Vabadussoja_Ajaloo_Komitee, lk 17
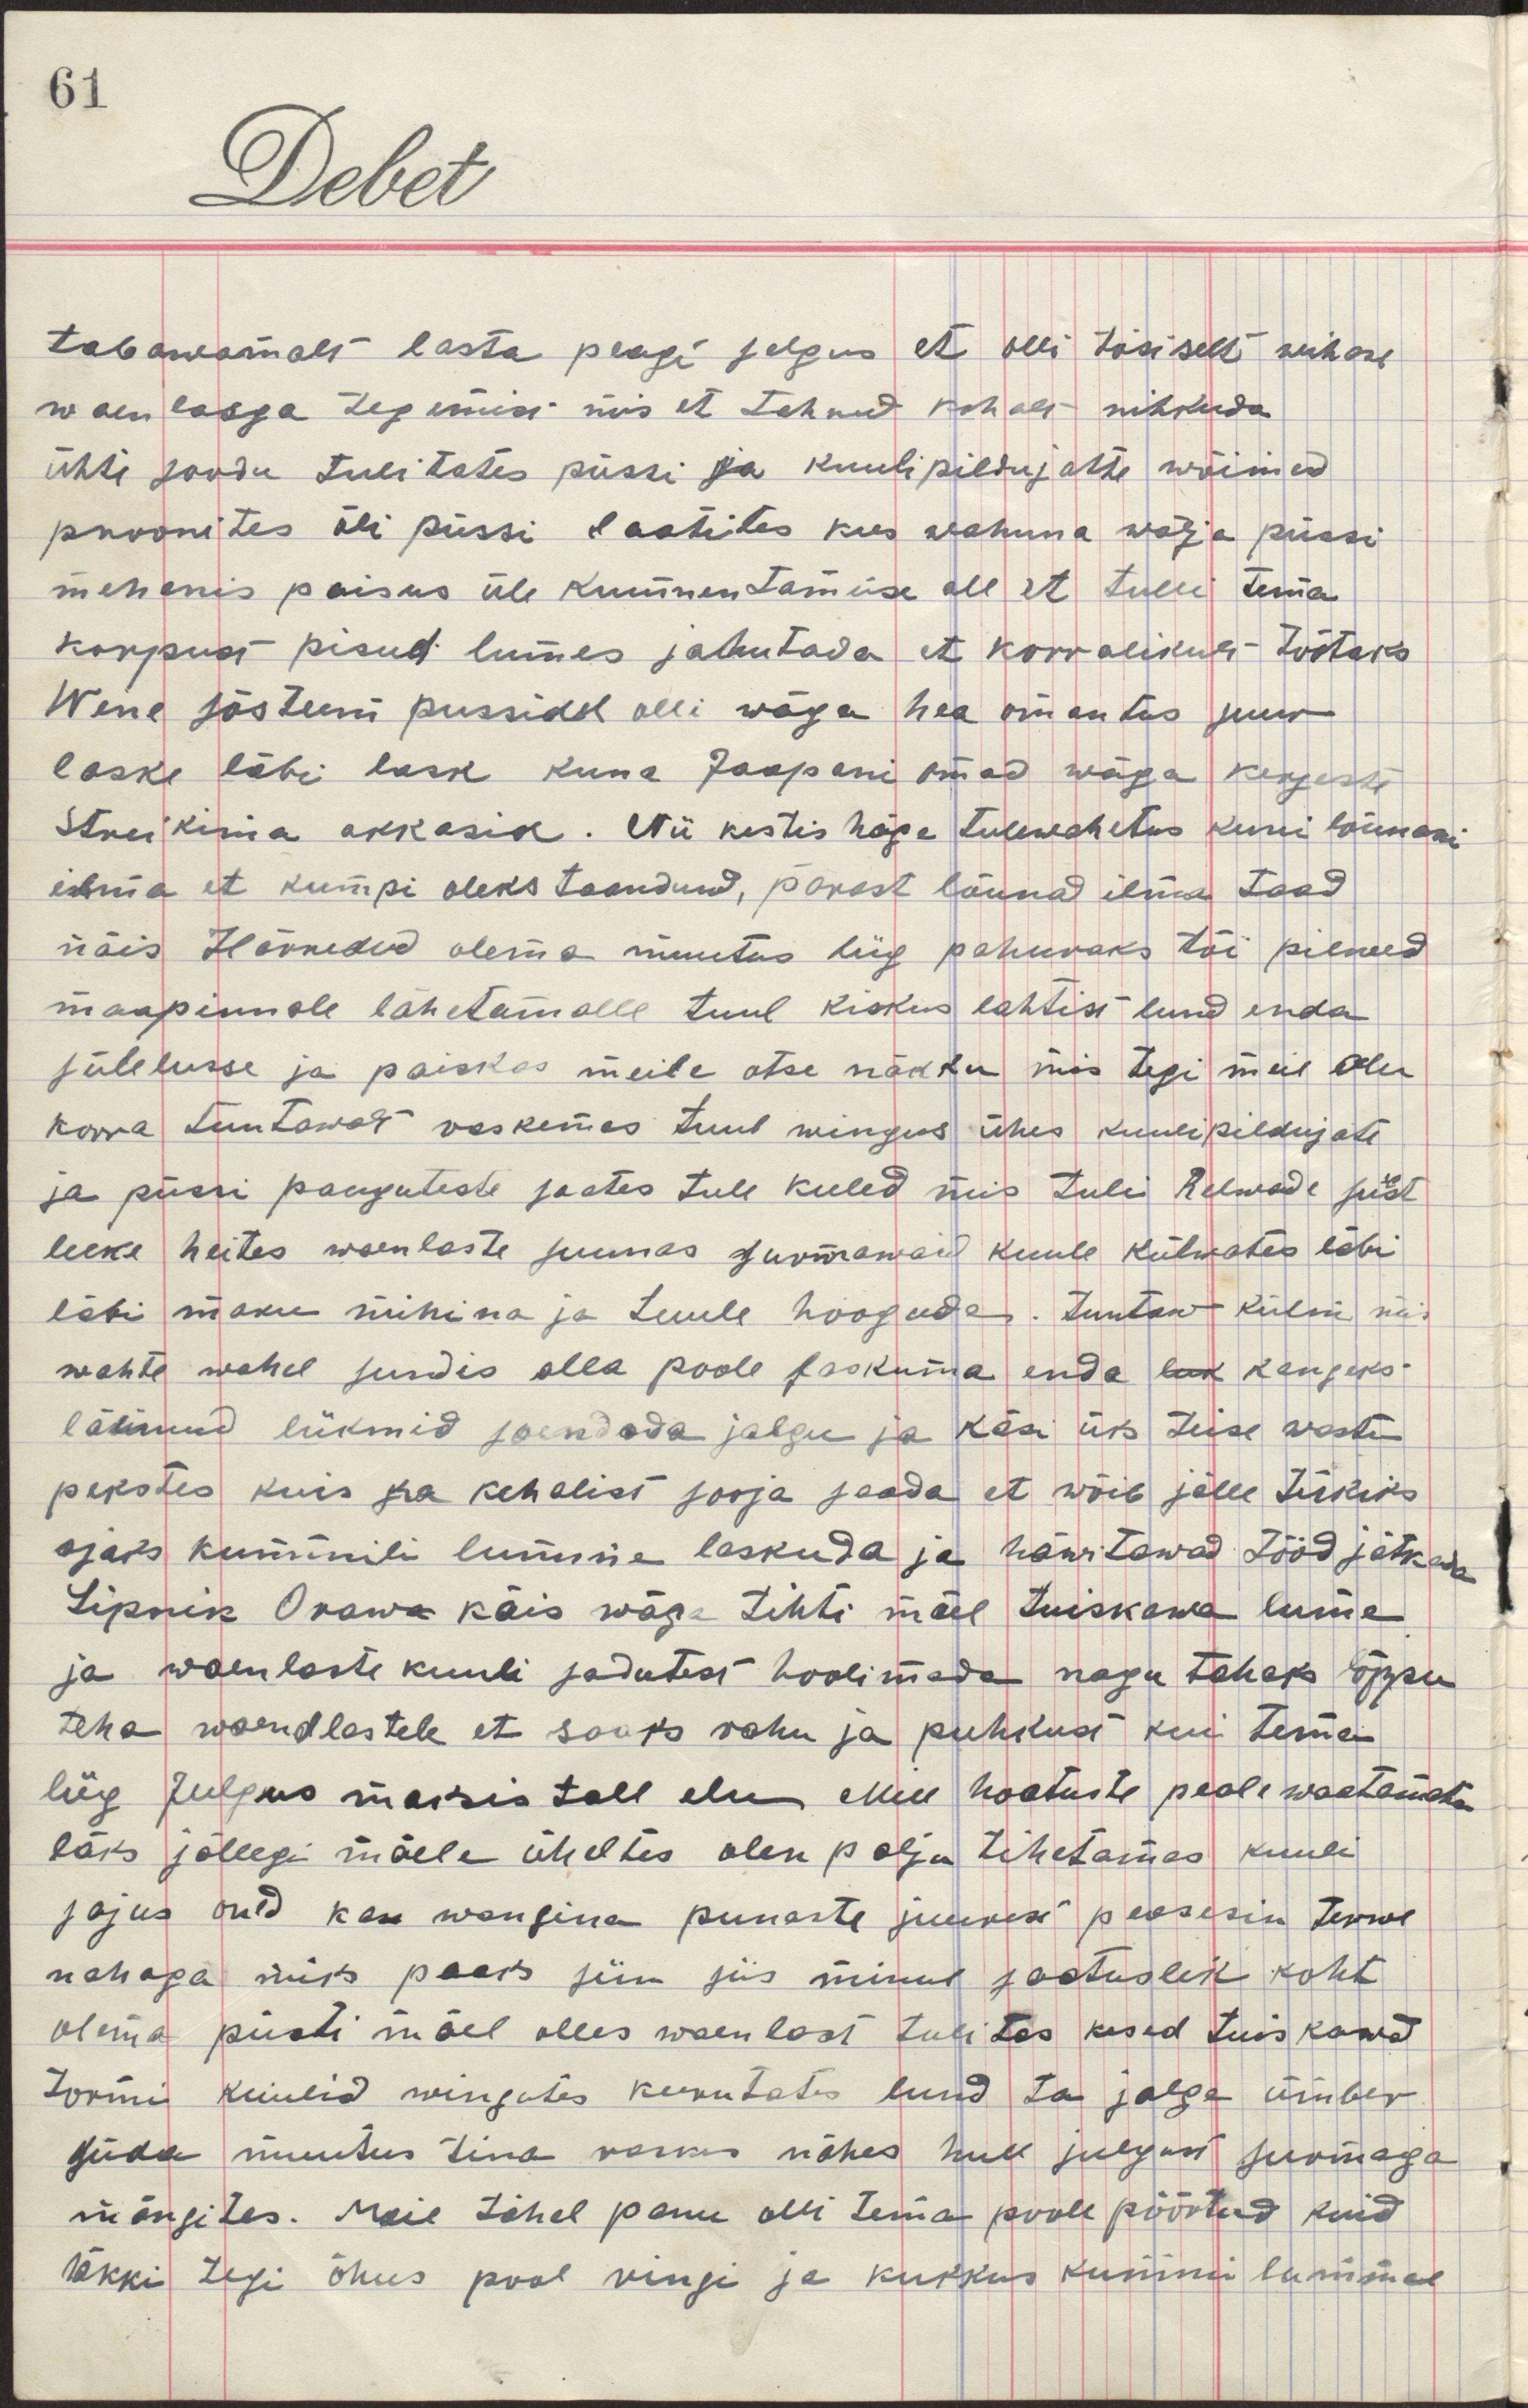
tabawamalt lasta peagi selgus et olli tõsiselt wihase
waenlasega tegemist mis ei tehnud kohalt nihkuda
ühti soodu tulitates püssi ja kuulipiltujaste wõimed
proowites õli püssi laatites kus wahuna wälja püssi
mehenis paisus üle kuumentamise all et tulli tema
korpust pisud lumes jahutada et korralikult töötaks
Wene sõsteem püssidel olli wäga hea omantas suur
laske läbi lask kuna Jaapani omad wäga kergesti
streikima akkasid. Nii kestis häge tulewahetus kuni lõunani
ilma et kumpi oleks taandund, pärast lõunad ilma taad
näis Härnetud olema muutus liig pahuwaks tõi pilwed
maapinnale lähetamalle tuul kiskus lahtist lund enda
sülelusse ja paiskas meile otse näkku mis tegi meie olu
korra tuntawalt raskemas tuul wingus ühes kuulipildujate
ja püssi paugutuste saates tule keeled mis tuli Relwade seest
leeke heites waenlaste suunas surmawaid kuule külwates läbi
läbi maku mühina ja tuule hoogudes. tuntaw külm nä
wahte wahel sundis alla poole laskuma enda lak kangeks
läinud liikmid soendada jalgu ja käsi üks teise wastu
pekstes kuis ka kehalist sooja saada et wõib jälle tükiks
ajaks kummili lumme laskuda ja häwitawad tööd jätkada
Lipnik Orawa käis wäga tihiti mäel tuiskawa lume
ja waenlaste kuuli sadutest hoolimata nagu tahaks lõppu
teha waendlastele et saaks rahu ja puhkust kui tema
liig julgus maksis tall elu Meie kaotuste peale waatamata
läks jällegi mäele üheltes olen palju tihetamas kuuli
sajus olnd ka wangina punaste juures peasesin terwe
nahaga siis peaks siis minul saatuslik koht
olema püsti mäel olles waenlast tulitas kased tuiskawad
tormi kuulid wingutes kukutades lund ta jalga ümber
süda muutus tina raske nähes hull julgust surmaga
mängites. Meie tähel panu olli tema poole pöörtud kuid
äkki tegi õhus pool ringi ja kukku kummini lummele